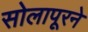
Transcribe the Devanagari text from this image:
सोलापूरने